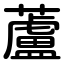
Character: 蘆